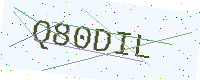
Text: Q80DIL